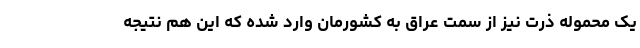
یک محموله ذرت نیز از سمت عراق به کشورمان وارد شده که این هم نتیجه